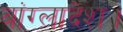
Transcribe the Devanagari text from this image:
बांग्लादेश।